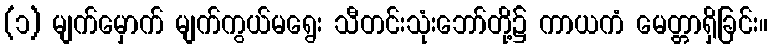
(၁) မျက်မှောက် မျက်ကွယ်မရွေး သီတင်းသုံးဘော်တို့၌ ကာယကံ မေတ္တာရှိခြင်း။